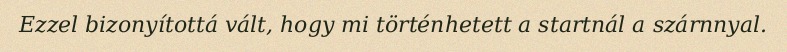
Ezzel bizonyítottá vált, hogy mi történhetett a startnál a szárnnyal.